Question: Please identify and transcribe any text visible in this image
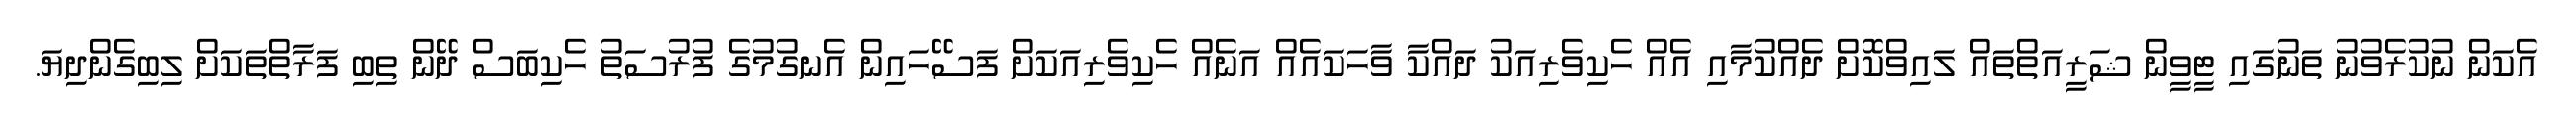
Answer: އެކަން ނުކުރެވުނު ތަނުގައި ޓީވީން ޝަރީއަތްތައް ލައިވްކޮށް ދެއްކުމާއި އެއް ހެކިވެރިއަކު ދައްކާ ވާހަކައެއް އަނެއް ހެކިވެރިއަކަށް ފަސޭހައިން އެނގުމުގެ ފުރުސަތު ހެކިބަސް ދޭން ތިބި ފަރާތްތަކަށް ލިބިގެންދިޔަ.